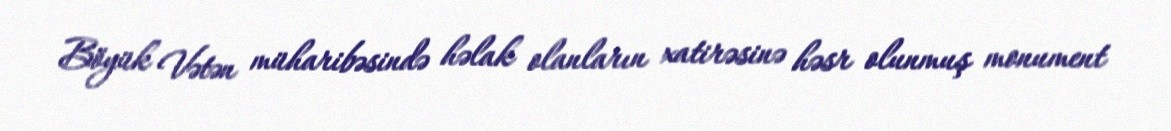
Böyük Vətən müharibəsində həlak olanların xatirəsinə həsr olunmuş monument